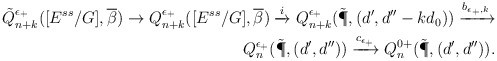
\begin{align*}\tilde{Q}^{\epsilon_{+}}_{n+k}([E^{ss}/G],\overline{\beta})\rightarrow {Q}^{\epsilon_{+}}_{n+k}([E^{ss}/G],\overline{\beta}) \xrightarrow{i}{Q}^{\epsilon_{+}}_{n+k}(\tilde{\P},(d',d''-kd_0))\xrightarrow{b_{\epsilon_{+},k}}\\ {Q}^{\epsilon_{+}}_{n}(\tilde{\P},(d',d''))\xrightarrow{c_{\epsilon_{+}}}{Q}^{0+}_{n}(\tilde{\P},(d',d'')).\end{align*}